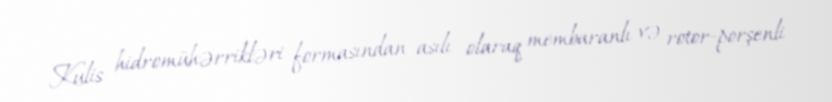
Kulis hidromühərrikləri formasından asılı olaraq membaranlı və rotor-porşenli